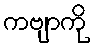
ကဗျာကို